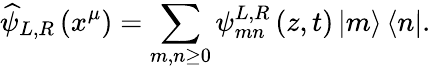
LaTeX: \widehat{\psi}_{L,R}\left(x^{\mu}\right)=\sum_{m,n\geq 0}\psi_{mn}^{L,R}\left(z,t\right)\left|m\right\rangle\left\langle n\right|.